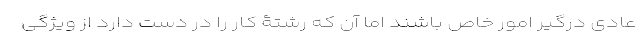
عادی درگیر امور خاص باشند اما آن که رشتۀ کار را در دست دارد از ویژگی